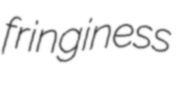
fringiness